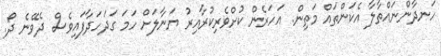
ހަނދާންނައްތާލާ އެކަންތައް މަތިން. އަހަރެން ކުށްވެރިކުރާއިރު ޔަނާލަށް ހަމަ ގަދަހަދާފައިވެސް ދެވޭނެ ދޯ.